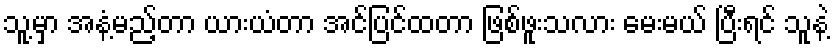
သူ့မှာ အနံ့မည့်တာ ယားယံတာ အင်ပြင်ထတာ ဖြစ်ဖူးသလား မေးမယ် ပြီးရင် သူနဲ့